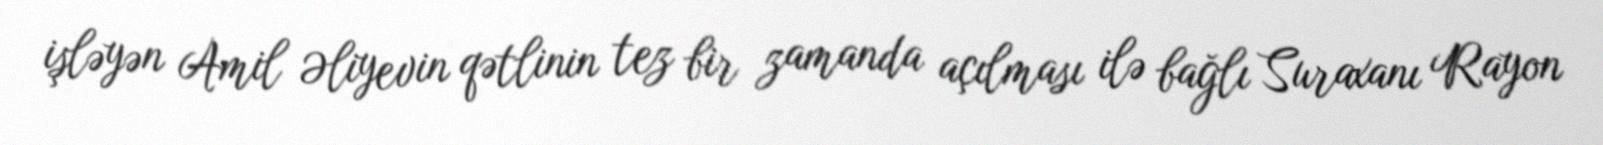
işləyən Amil Əliyevin qətlinin tez bir zamanda açılması ilə bağlı Suraxanı Rayon